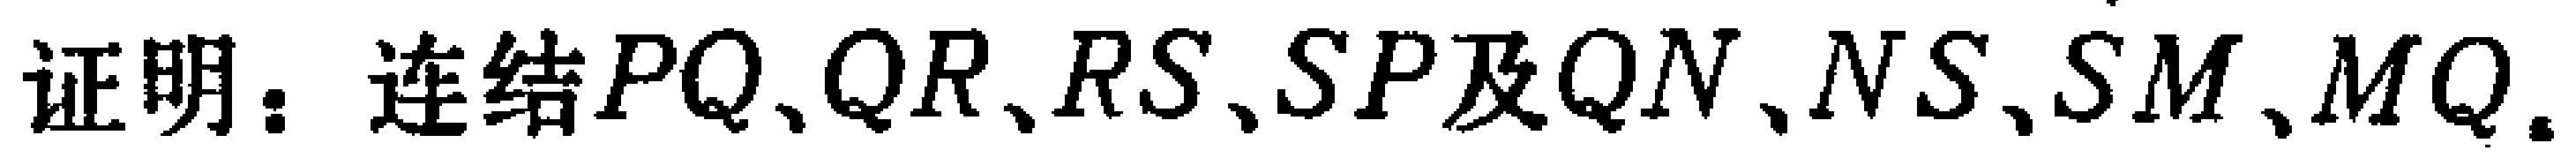
证明：连结$PQ、QR、RS、SP$及$QN、NS、SM、MQ.$